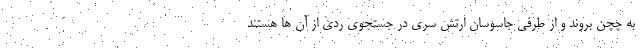
به چچن بروند و از طرفی جاسوسان ارتش سری در جستجوی ردی از آن ها هستند